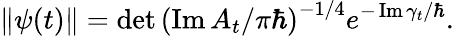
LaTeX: \left\Vert\psi(t)\right\Vert=\operatorname*{det}\left(\operatorname{Im}A_{t}/\pi\hbar\right)^{-1/4}e^{-\operatorname{Im}\gamma_{t}/\hbar}.